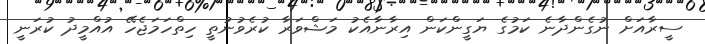
ސީރާއަށް ނުގެންދާނެ ކަމުގެ ޔަގީންކަން އިރާނާއެކު މަޝްވަރާ ކުރެވުނުތީ ހިތްހަމަޖެހޭ އުއްމީދު ކުރަނީ